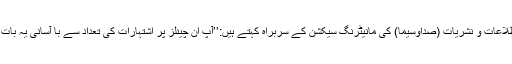
ایران کے ادارۂ اطلاعات و نشریات (صداوسیما) کی مانیٹرنگ سیکشن کے سربراہ کہتے ہیں:’’آپ ان چینلز پر اشتہارات کی تعداد سے با آسانی یہ بات سمجھ سکتےہیں۔